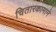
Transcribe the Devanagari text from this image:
चितारकामाने